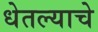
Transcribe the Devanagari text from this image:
धेतल्याचे